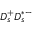
D _ { s } ^ { + } D _ { s } ^ { * - }